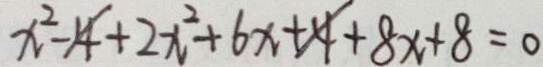
x ^ { 2 } - 4 + 2 x ^ { 2 } + 6 x + 4 + 8 x + 8 = 0